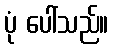
ပုံ ပေါ်သည်။